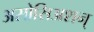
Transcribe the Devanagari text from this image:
असोसिअशन्